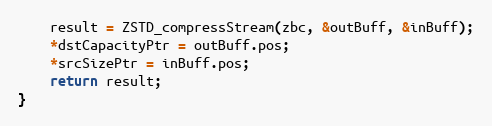
Language: C
    result = ZSTD_compressStream(zbc, &outBuff, &inBuff);
    *dstCapacityPtr = outBuff.pos;
    *srcSizePtr = inBuff.pos;
    return result;
}